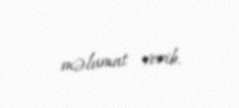
məlumat verib.